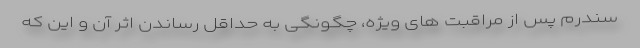
سندرم پس از مراقبت های ویژه، چگونگی به حداقل رساندن اثر آن و این که